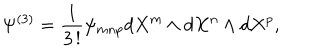
\Psi ^ { ( 3 ) } = \frac { 1 } { 3 \, ! } \psi _ { m n p } d X ^ { m } \wedge d X ^ { n } \wedge d X ^ { p } ,